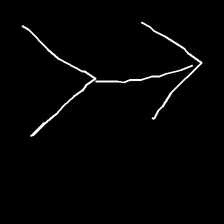
Glyph: gather